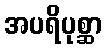
အပရိပုစ္ဆာ